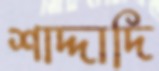
শাদ্দাদি